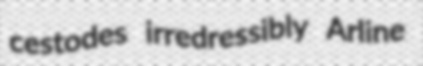
cestodes irredressibly Arline